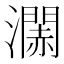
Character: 𤁹